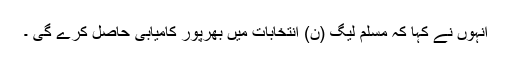
انہوں نے کہا کہ مسلم لیگ (ن) انتخابات میں بھرپور کامیابی حاصل کرے گی ۔